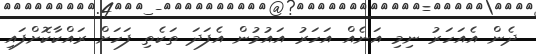
ދެން އެއަހަރު ނިމި އަނެއް އަހަރު އައުމުން އެފަދަ ތަކެތި ފަހަށް ރައްކާކޮށްފައި